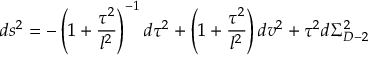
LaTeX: d s ^ { 2 } = - \left( 1 + \frac { \tau ^ { 2 } } { l ^ { 2 } } \right) ^ { - 1 } d \tau ^ { 2 } + \left( 1 + \frac { \tau ^ { 2 } } { l ^ { 2 } } \right) d v ^ { 2 } + \tau ^ { 2 } d \Sigma _ { D - 2 } ^ { 2 }